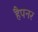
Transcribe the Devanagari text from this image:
हैपनर